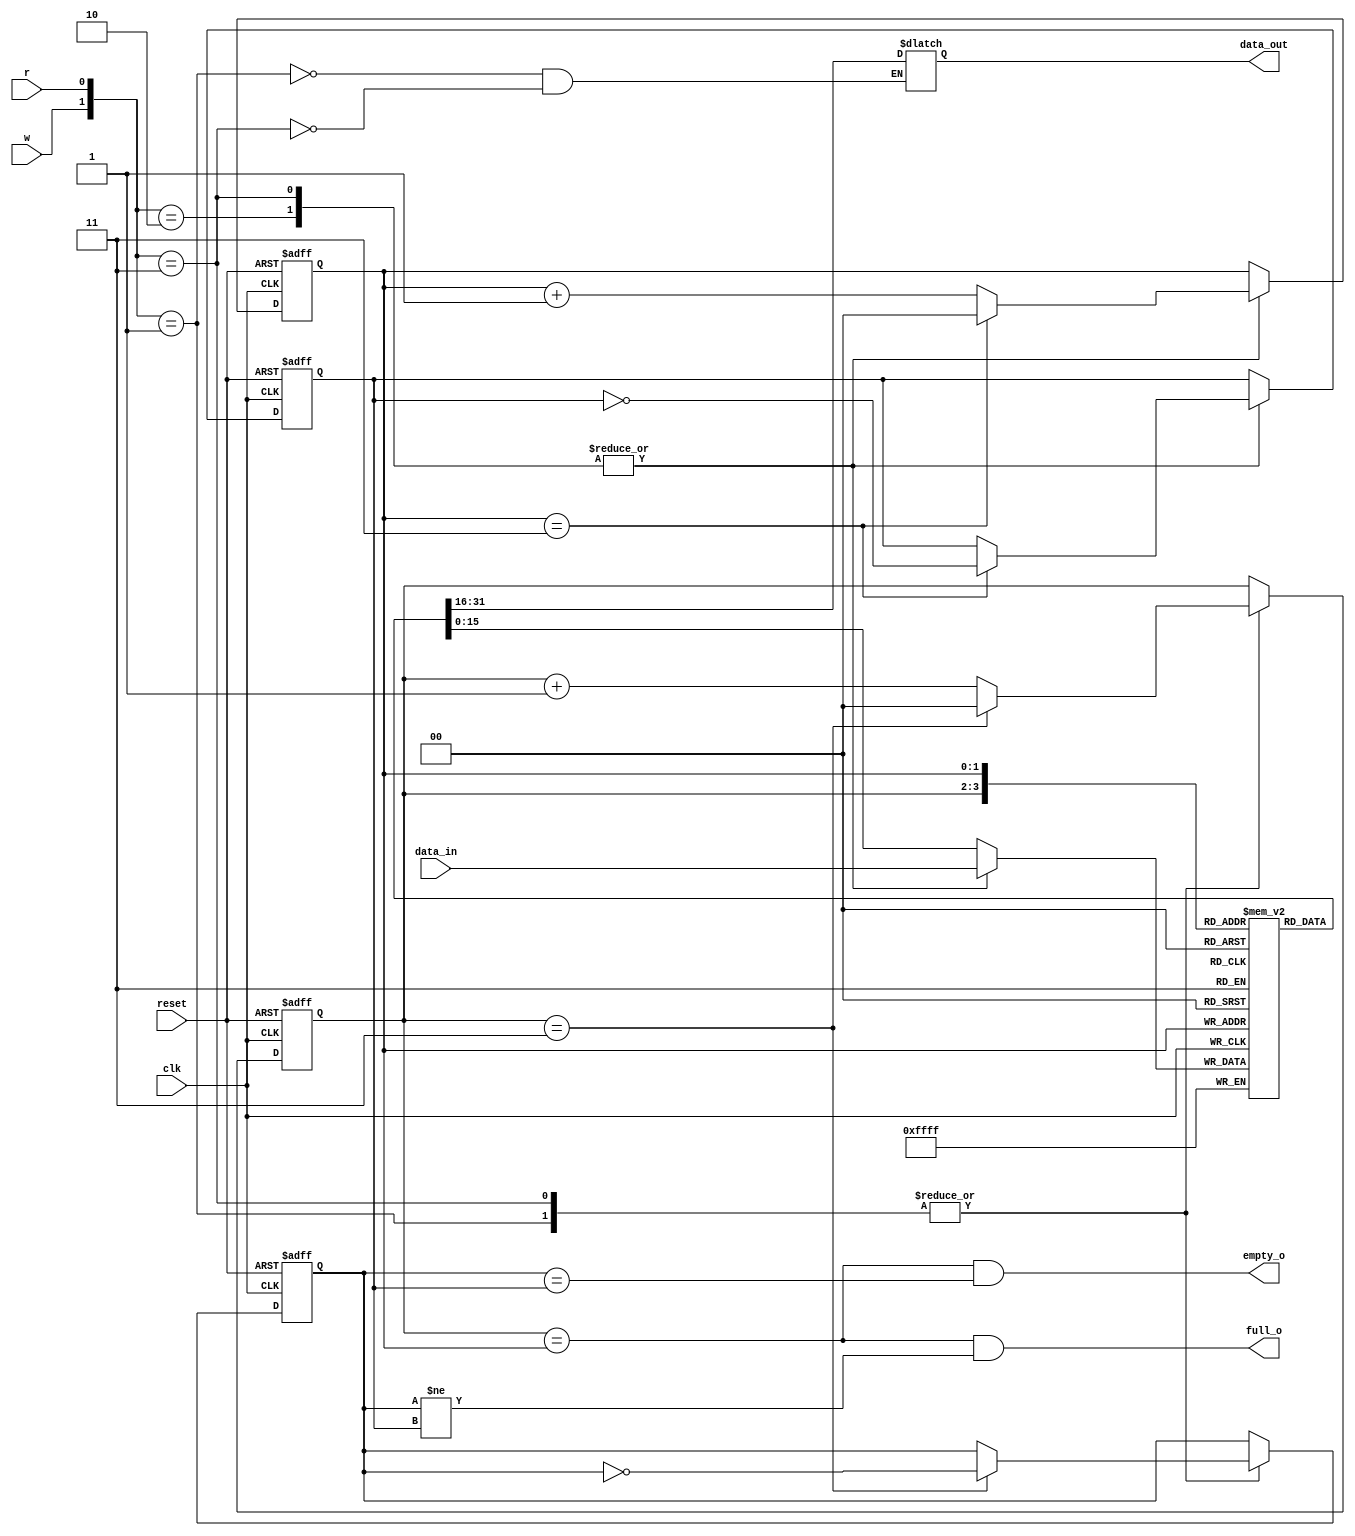
// FIFO 
// Lab: Lab 2 - Verilog
// Issued to: Egypt Make Electronics


module My_FIFO #(
    parameter Data_Width = 16 , Depth = 4
) (
    clk,reset,w,data_in,r,data_out,full_o,empty_o
);

input  clk,reset;
input  w,r; //write and read
input  [Data_Width-1:0] data_in;
output [Data_Width-1:0] data_out;
output full_o,empty_o;


localparam ST_PUSH = 2'b10;
localparam ST_POP = 2'b01;
localparam ST_BOTH = 2'b11;

localparam PTR_W = $clog2(Depth) ;

reg [Data_Width-1:0] fifo_data_q [Depth-1:0];

reg [PTR_W-1:0] rd_ptr_q;
reg [PTR_W-1:0] wr_ptr_q;
reg [PTR_W-1:0] nxt_rd_ptr;
reg [PTR_W-1:0] nxt_wr_ptr;

reg [Data_Width-1:0] nxt_fifo_data;
reg [Data_Width-1:0] pop_data;

//extra
reg wrapped_rd_ptr_q;
reg wrapped_wr_ptr_q;
reg nxt_wrapped_rd_ptr;
reg nxt_wrapped_wr_ptr;
wire empty;
wire full;

//FSM FOR THE FIFO

//Flops for FIFO Pointers

always @(posedge clk or posedge reset )
 begin
    if (reset) 
    begin
        rd_ptr_q <= 1'b0;
        wr_ptr_q <= 1'b0;
        //extra
        wrapped_rd_ptr_q <= 1'b0;
        wrapped_wr_ptr_q <= 1'b0;
    end   
    else
        begin
            rd_ptr_q <= nxt_rd_ptr;
            wr_ptr_q <= nxt_wr_ptr;
            //extra
            wrapped_rd_ptr_q <= nxt_wrapped_rd_ptr;
            wrapped_wr_ptr_q <= nxt_wrapped_wr_ptr;
        end
 end

 // Pointer logic for push and pop

 always @(*)
  begin
    nxt_fifo_data = fifo_data_q[wr_ptr_q[PTR_W-1:0]];
    nxt_rd_ptr = rd_ptr_q;
    nxt_wr_ptr = wr_ptr_q;
    nxt_wrapped_rd_ptr = wrapped_rd_ptr_q;
    nxt_wrapped_wr_ptr = wrapped_wr_ptr_q;
    case ({w,r}) // 2-bit signal with push as MSB and POP as LSB
        ST_PUSH:
        begin
            nxt_fifo_data = data_in;
            //manipulate the write pointer , Depth = 6 , wr_ptr_q = 5 , wr_ptr_q = 6 !! incorrect
            // this case handle Depth that's not power of 2
            if (wr_ptr_q == (Depth-1)) 
            begin
                nxt_wr_ptr = 1'b0;    
                nxt_wrapped_wr_ptr = ~wrapped_wr_ptr_q; //extra
            end
            else
                begin
                    nxt_wr_ptr = wr_ptr_q + 1'b1;
                end
        end
        ST_POP: 
        begin
            //READ the FIFO location Pointed by rd_pointer
            pop_data = fifo_data_q[rd_ptr_q[PTR_W-1:0]];
            // Manipulate as the pervious 
            if (rd_ptr_q == (Depth-1)) 
            begin
                nxt_rd_ptr = 1'b0;    
                nxt_wrapped_rd_ptr <= ~wrapped_rd_ptr_q; //extra
            end
            else
                begin
                    nxt_rd_ptr = rd_ptr_q + 1'b1;
                end
        end
        ST_BOTH:
        begin
            nxt_fifo_data = data_in;
            //manipulate the write pointer , Depth = 6 , wr_ptr_q = 5 , wr_ptr_q = 6 !! incorrect
            // this case handle Depth that's not power of 2
            if (wr_ptr_q == (Depth-1)) 
            begin
                nxt_wr_ptr = 1'b0;    
                nxt_wrapped_wr_ptr = ~wrapped_wr_ptr_q; //extra
            end
            else
                begin
                    nxt_wr_ptr = wr_ptr_q + 1'b1;
                end
                //READ the FIFO location Pointed by rd_pointer
            pop_data = fifo_data_q[rd_ptr_q[PTR_W-1:0]];
            // Manipulate as the pervious 
            if (rd_ptr_q == (Depth-1)) 
            begin
                nxt_rd_ptr = 1'b0;    
                nxt_wrapped_rd_ptr <= ~wrapped_rd_ptr_q; //extra
            end
            else
                begin
                    nxt_rd_ptr = rd_ptr_q +1'b1;
                end
        end 
        default: 
        begin
        nxt_fifo_data = fifo_data_q[wr_ptr_q[PTR_W-1:0]];
        nxt_rd_ptr = rd_ptr_q;
        nxt_wr_ptr = wr_ptr_q;
        end
    endcase   
 end

assign empty = (rd_ptr_q == wr_ptr_q) & (wrapped_rd_ptr_q == wrapped_wr_ptr_q);
assign full  = (rd_ptr_q == wr_ptr_q) & (wrapped_rd_ptr_q != wrapped_wr_ptr_q);

 always @(posedge clk)
  begin
    fifo_data_q[wr_ptr_q[PTR_W-1:0]] <= nxt_fifo_data;  
  end

  assign data_out = pop_data;
  //extra
  assign full_o  = full ;   
  assign empty_o = empty;
    
endmodule